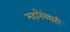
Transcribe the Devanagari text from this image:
महानैवेद्यही